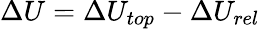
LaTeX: \Delta U=\Delta U_{top}-\Delta U_{rel}